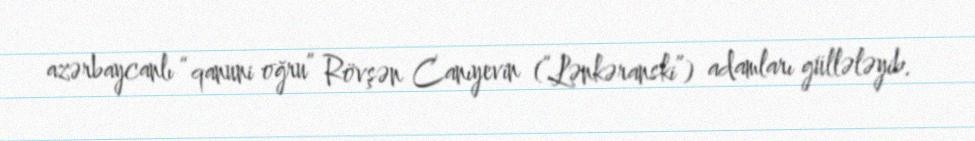
azərbaycanlı “qanuni oğru” Rövşən Canıyevin (“Lənkəranski”) adamları güllələyib.